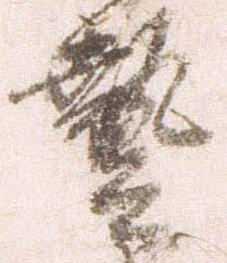
芸